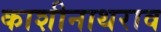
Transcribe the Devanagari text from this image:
काशीनाथराव